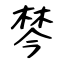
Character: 棽